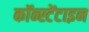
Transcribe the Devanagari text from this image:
कॉन्स्टेंटाइन